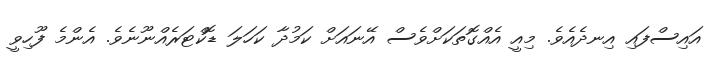
އައިސްފައި އިނދެއެވެ. މިއީ އެއްގޮތަކަށްވެސް އޭނައަށް ކަމުދާ ކަހަލަ ޑޮކްޓަރެއްނޫނެވެ. އެންމެ ފޫހިވީ